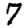
Digit: 7